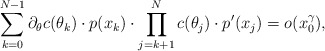
\begin{align*}\sum \limits_{k=0}^{N-1} \partial_\theta c(\theta_k) \cdot p(x_k) \cdot \prod \limits_{j=k+1}^{N} c(\theta_j) \cdot p'(x_j) = o(x_0^\gamma),\end{align*}